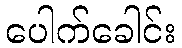
ပေါက်ခေါင်း